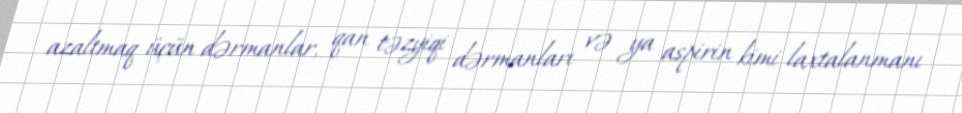
azaltmaq üçün dərmanlar, qan təzyiqi dərmanları və ya aspirin kimi laxtalanmanı